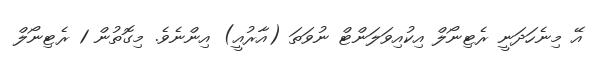
އޭ މިނެހަދަނީ ރެޓިނޯލް އިކުއިވަލަންޓް ނުވަތަ (އާރުއީ) އިންނެވެ. މިގޮތުން 1 ރެޓިނޯލް